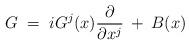
LaTeX: \begin{align*}G \;=\; i G^j(x) \frac{\partial}{\partial x^j} \:+\: B(x) \end{align*}